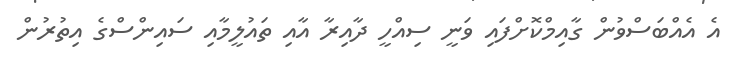
އެ އެއްބަސްވުން ގާއިމްކޮށްފައި ވަނީ ސިއްހީ ދާއިރާ އާއި ތައުލީމާއި ސައިންސްގެ އިތުރުން